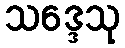
သဒ္ဒေသု